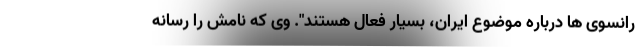
رانسوی ها درباره موضوع ایران، بسیار فعال هستند". وی که نامش را رسانه